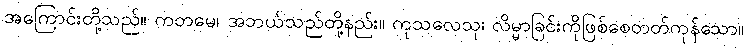
အကြောင်းတို့သည်။ ကတမေ၊ အဘယ်သည်တို့နည်း။ ကုသလေသု၊ လိမ္မာခြင်းကိုဖြစ်စေတတ်ကုန်သော။